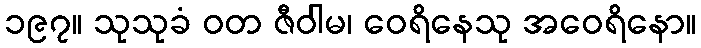
၁၉၇။ သုသုခံ ဝတ ဇီဝါမ၊ ဝေရိနေသု အဝေရိနော။